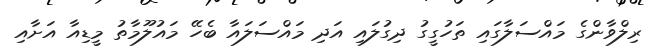
ރިލްވާންގެ މައްސަލާގައި ތަހުގީގު ދިގުލައި އަދި މައްސަލައާ ބެހޭ މައުލޫމާތު މީޑިއާ އަށާއި